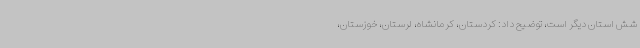
شش استان دیگر است، توضیح داد: کردستان، کرمانشاه، لرستان، خوزستان،